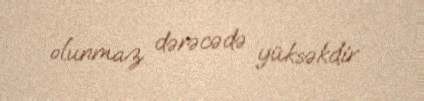
olunmaz dərəcədə yüksəkdir.